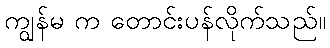
ကျွန်မ က တောင်းပန်လိုက်သည်။